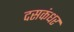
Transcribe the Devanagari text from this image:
दसकंधर